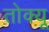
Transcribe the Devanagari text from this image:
तोक्यू